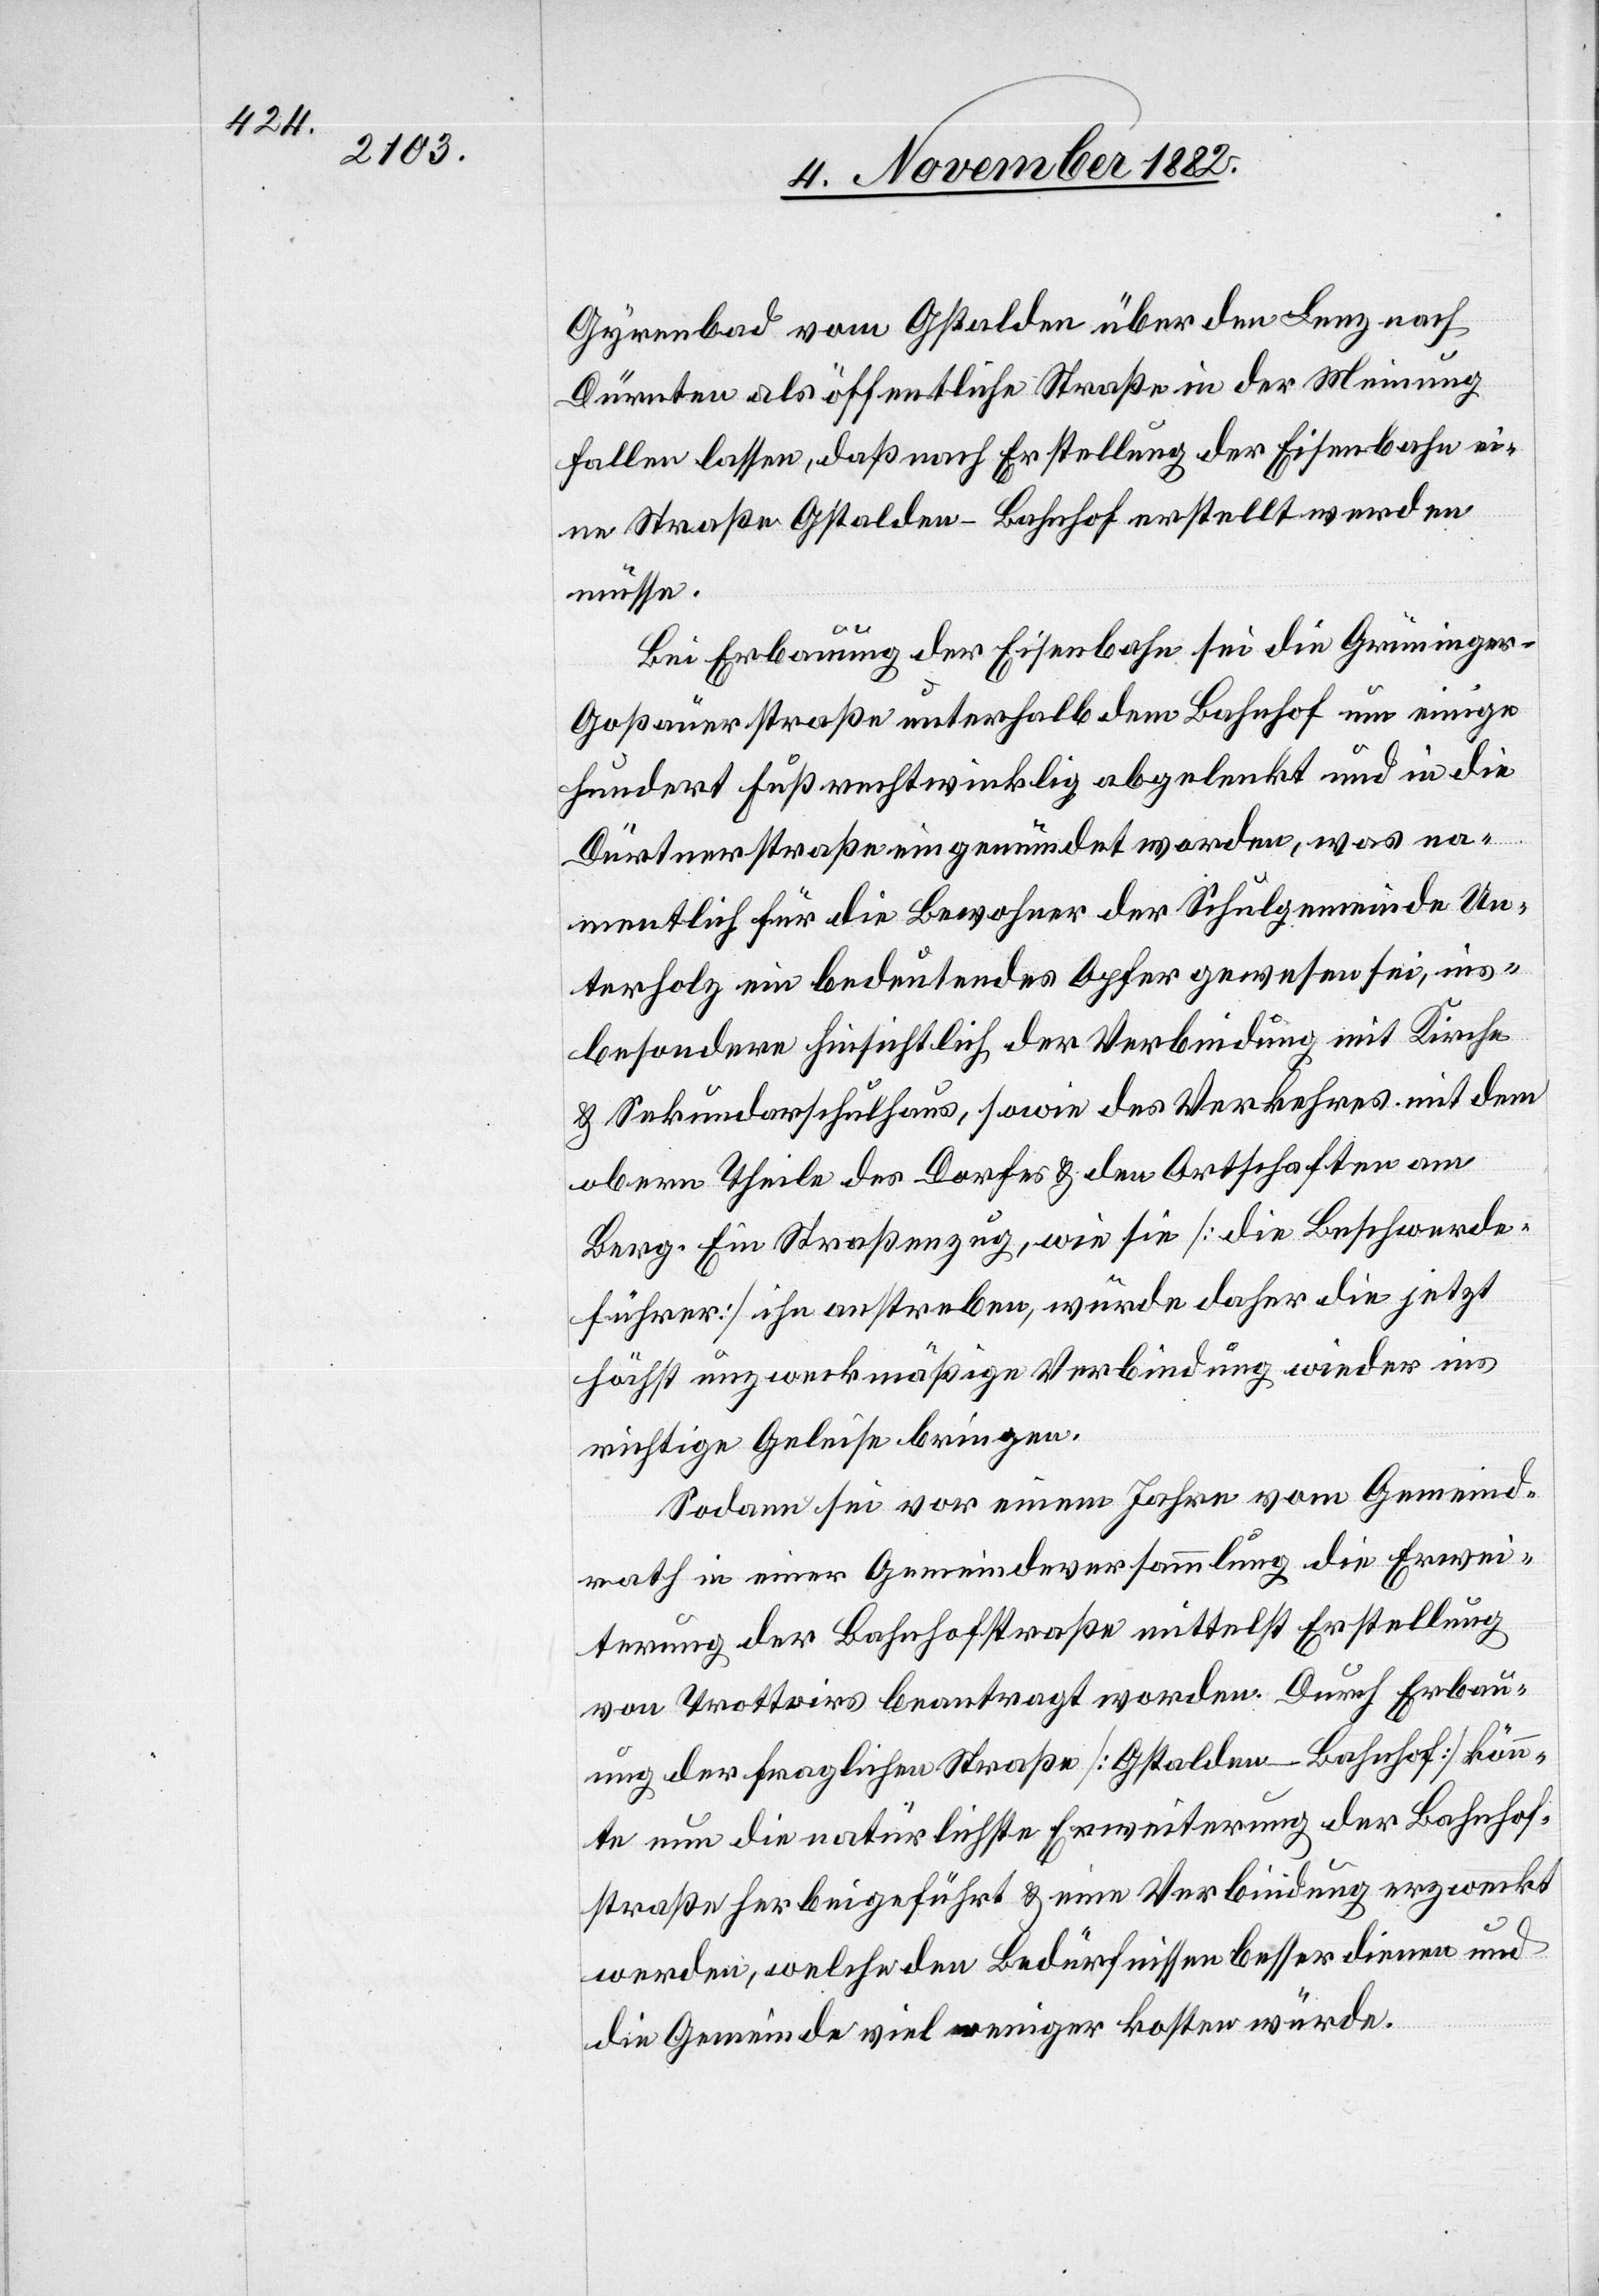
Gyrenbad vom Gstalden über den Lenz nach
Dürnten als öffentliche Straße in der Meinung
fallen lassen, daß nach Erstellung der Eisenbahn ei¬
ne Straße Gstalden–Bahnhof erstellt werden
müsse.
Bei Erbauung der Eisenbahn sei die Grüninge¬
r–Goßauerstraße unterhalb dem Bahnhof um einige
hundert Fuß rechtwinklig abgelenkt und in die
Dür[n]tnerstraße eingemündet worden, was na¬
mentlich für die Bewohner der Schulgemeinde Un¬
terholz ein bedeutendes Opfer gewesen sei, ins¬
besondere hinsichtlich der Verbindung mit Kirche
& Sekundarschulhaus, sowie des Verkehres mit dem
obern Theile des Dorfes & den Ortschaften am
Berg. Ein Straßenzug, wie sie [die Beschwerde¬
führer] ihn anstreben, würde daher die jetzt
höchst unzweckmäßige Verbindung wieder ins
richtige Geleise bringen.
Sodann sei vor einem Jahre vom Gemeind¬
rath in einer Gemeindeversammlung die Erwei¬
terung der Bahnhofstraße mittelst Erstellung
von Trottoirs beantragt worden. Durch Erbau¬
ung der fraglichen Straße [Gstalden–Bahnhof] könn¬
te nun die natürlichste Erweiterung der Bahnhof¬
straße herbeigeführt & eine Verbindung erzweckt
werden, welche den Bedürfnissen bessern dienen und
die Gemeinde viel weniger kosten würde.